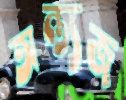
অন্ত্যজ